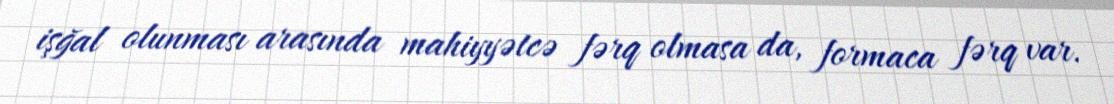
işğal olunması arasında mahiyyətcə fərq olmasa da, formaca fərq var.